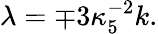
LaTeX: \lambda=\mp 3\kappa_{5}^{-2}k.